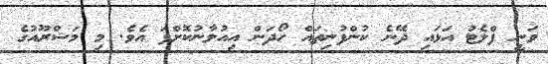
ވަނީ ފްލެޓު އަޅައި ދޭނެ ކުންފުނިތައް ހޯދަން އިއުލާނުކޮށްފަ އެވެ. މި މަޝްރޫއުގެ